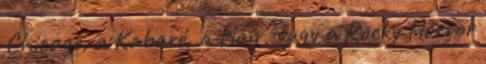
Chicago, a Kabaré, a Hair, vagy a Rocky Horror